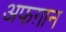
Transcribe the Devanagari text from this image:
अफग़ान